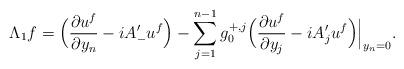
LaTeX: \begin{align*} \Lambda_1f=\Big(\frac{\partial u^f}{\partial y_n}-iA_-'u^f\Big)-\sum_{j=1}^{n-1}g_0^{+,j}\Big(\frac{\partial u^f}{\partial y_j}-iA_j'u^f\Big)\Big|_{y_n=0}.\end{align*}